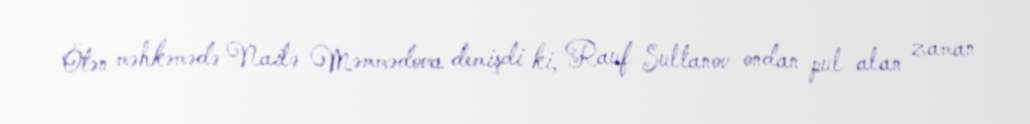
Ötən məhkəmədə Nailə Məmmədova demişdi ki, Rauf Sultanov ondan pul alan zaman